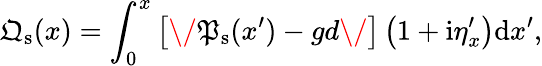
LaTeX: {\mathfrak{Q}}_{\mathrm{s}}(x)=\int_{0}^{x}\left[\/ {\mathfrak{P}}_{\mathrm{s}}(x^{\prime})-gd\/ \right]\left(1+\mathrm{i}\eta_{x}^{\prime}\right)\mathrm{d}x^{\prime},